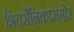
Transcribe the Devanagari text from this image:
शिवसैनिकांसमोर